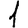
Digit: 1